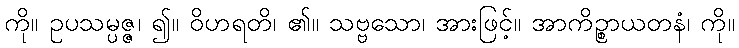
ကို။ ဥပသမ္ပဇ္ဇ၊ ၍။ ဝိဟရတိ၊ ၏။ သဗ္ဗသော၊ အားဖြင့်။ အာကိဉ္စာယတနံ၊ ကို။